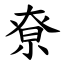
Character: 尞